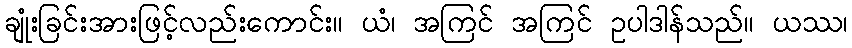
ချုံးခြင်းအားဖြင့်လည်းကောင်း။ ယံ၊ အကြင် အကြင် ဥပါဒါန်သည်။ ယဿ၊